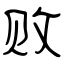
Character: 败